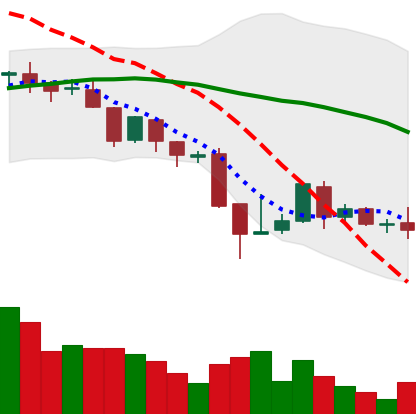
Ticker: BNB-USD
Chart end date: 2018-08-22
Forward return: 17.538%
Label: up_7plus